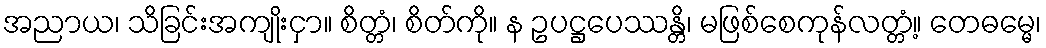
အညာယ၊ သိခြင်းအကျိုးငှာ။ စိတ္တံ၊ စိတ်ကို။ န ဥပဋ္ဌပေဿန္တိ၊ မဖြစ်စေကုန်လတ္တံ့။ တေဓမ္မေ၊